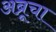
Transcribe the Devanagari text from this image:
अब्रूचा